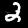
Label: 2